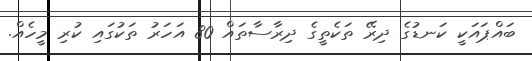
ބައްޕައަކީ ކަނޑުގެ ދިރޭ ތަކެތީގެ ދިރާސާތައް 80 އަހަރު ތަކުގައި ކުރި މީހެއް.